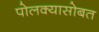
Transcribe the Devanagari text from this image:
पोलक्यासोबत